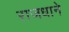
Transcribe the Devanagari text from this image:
राजधाने